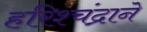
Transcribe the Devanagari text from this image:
हरिश्चंद्राने